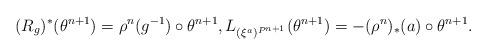
LaTeX: \begin{align*}(R_g)^{*}(\theta^{n+1}) = \rho^{n} (g^{-1})\circ\theta^{n+1},L_{(\xi^{a})^{P^{n+1}}} (\theta^{n+1}) = -(\rho^{n})_{*} (a) \circ \theta^{n+1}.\end{align*}